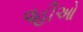
વહીઓ